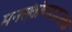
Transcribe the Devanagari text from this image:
मनसंतोषगडाजवळ